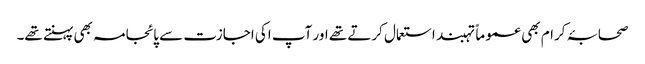
صحابۂ کرام بھی عموماً تہبند استعمال کرتے تھے اور آپ اکی اجازت سے پائجامہ بھی پہنتے تھے۔